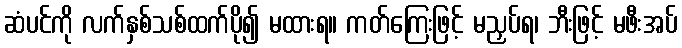
ဆံပင်ကို လက်နှစ်သစ်ထက်ပို၍ မထားရ။ ကတ်ကြေးဖြင့် မညှပ်ရ၊ ဘီးဖြင့် မဖီးအပ်